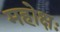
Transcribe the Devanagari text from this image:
महोक्षः